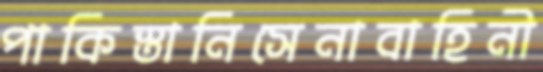
পাকিস্তানিসেনাবাহিনী